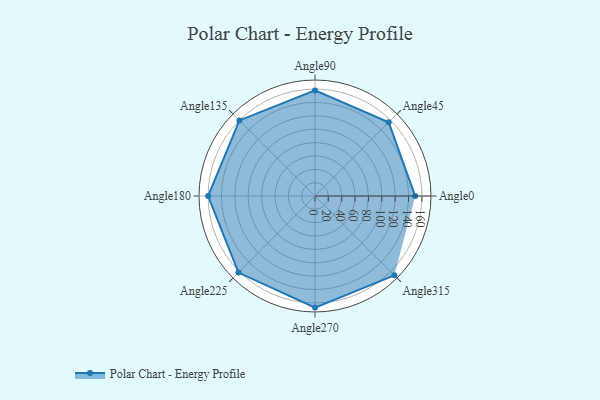
{"axis": {"x": "Angle", "y": "Radius"}, "legend": [""], "data": [{"x": "Angle0", "y": 150.0, "type": ""}, {"x": "Angle45", "y": 156.0, "type": ""}, {"x": "Angle90", "y": 158.0, "type": ""}, {"x": "Angle135", "y": 160.0, "type": ""}, {"x": "Angle180", "y": 160.0, "type": ""}, {"x": "Angle225", "y": 162.0, "type": ""}, {"x": "Angle270", "y": 167.0, "type": ""}, {"x": "Angle315", "y": 168.0, "type": ""}]}